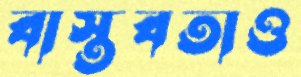
বাস্তবতাও